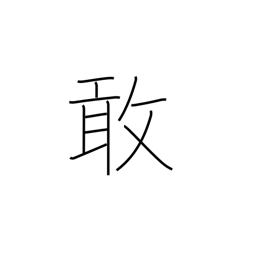
Meaning: sad